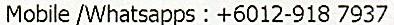
MOBILE /WHATSAPPS : +6012-918 7937